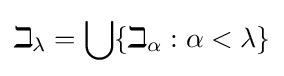
\beth _{\lambda }=\bigcup \{\beth _{\alpha }:\alpha <\lambda \}